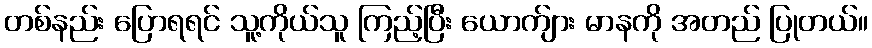
တစ်နည်း ပြောရရင် သူ့ကိုယ်သူ ကြည့်ပြီး ယောက်ျား မာနကို အတည် ပြုတယ်။